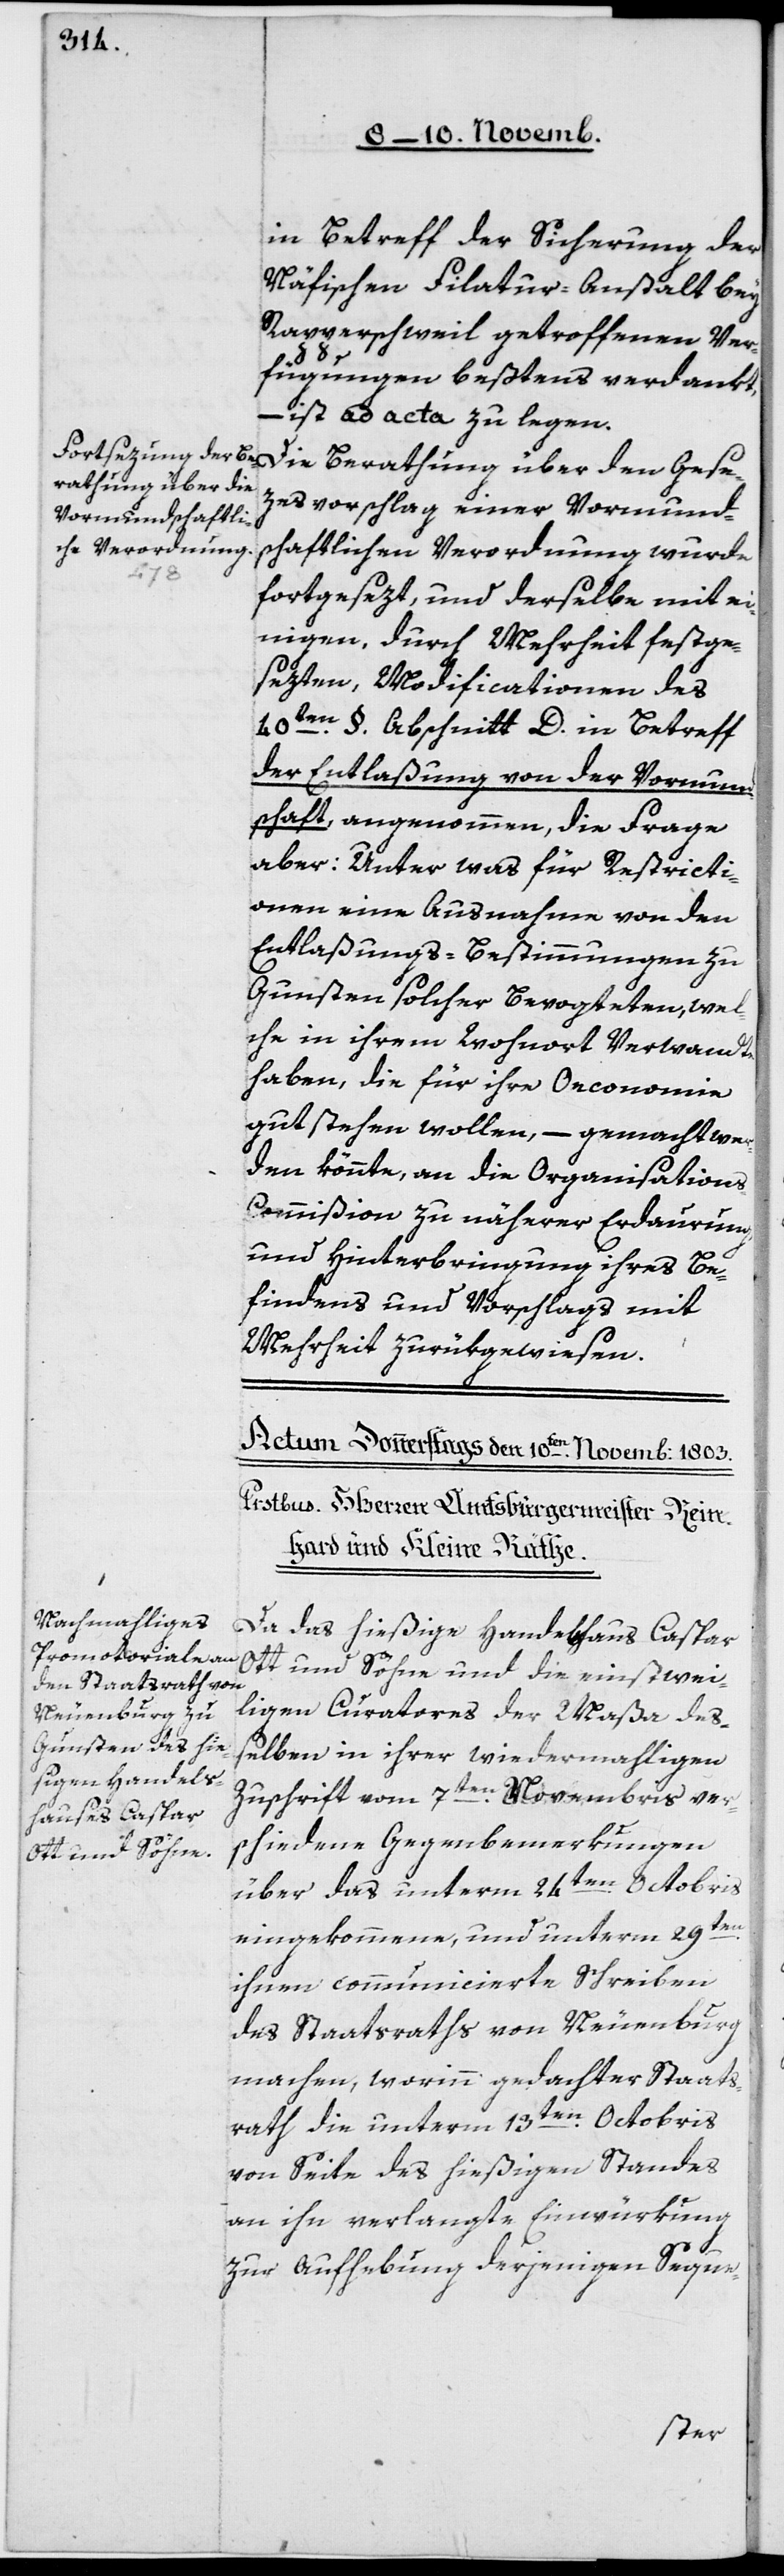
in Betreff der Sicherung der
Näfischen Filatur-Anstalt bey
Rapperschweil getroffenen Ver¬
fügungen beßtens verdankt,
– ist ad acta zu legen.
Die Berathung über den Gese¬
zesvorschlag einer vormund¬
schaftlichen Verordnung wurde
fortgesezt, und derselbe mit e¬
inigen, durch Mehrheit festge¬
sezten Modificationen des
40ten §, Abschnitt D in Betreff
der Entlaßung von der Vormund¬
schaft, angenommen, die Frage
aber: Unter was für Restricti¬
onen eine Ausnahme von den
Entlaßungs-Bestimmungen zu
Gunsten solcher Bevogteten, wel¬
che in ihrem Wohnort Verwandte
haben, die für ihre Oeconomie
gut stehen wollen, – gemacht wer¬
den könnte, an die Organisation¬
s-Commißion zu näherer Erdaurung
und Hinterbringung ihres Be¬
findens und Vorschlags mit
Mehrheit zurükgewiesen.
Da das hießige Handelshaus Caspar
Ott und Söhne und die einstwei¬
ligen Curatores der Maßa deß¬
elben in ihrer wiedermahligen
Zuschrift vom 7ten Novembris ver¬
schiedene Gegenbemerkungen
über das unterm 24ten Octobris
eingekommene, und unterm 29ten
ihnen communicierte Schreiben
des Staatsraths von Neuenburg
machen, worinn gedachter Staats¬
rath die unterm 13ten Octobris
von Seite des hießigen Standes
an ihn verlangte Einwürkung
zur Aufhebung derjenigen Seque-